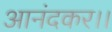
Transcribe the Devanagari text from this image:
आनंदकर।।